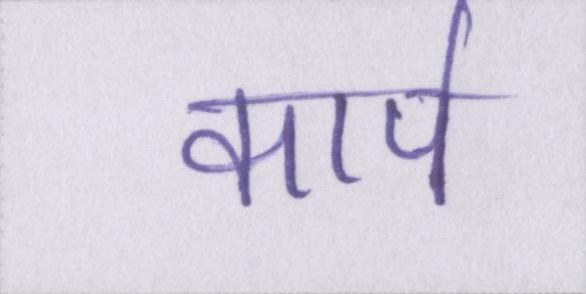
कार्प